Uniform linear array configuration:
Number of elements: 48
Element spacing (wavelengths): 0.75
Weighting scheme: blackman
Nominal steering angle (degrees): -15
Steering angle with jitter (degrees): -16.567
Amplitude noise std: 0.05
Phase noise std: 0.05

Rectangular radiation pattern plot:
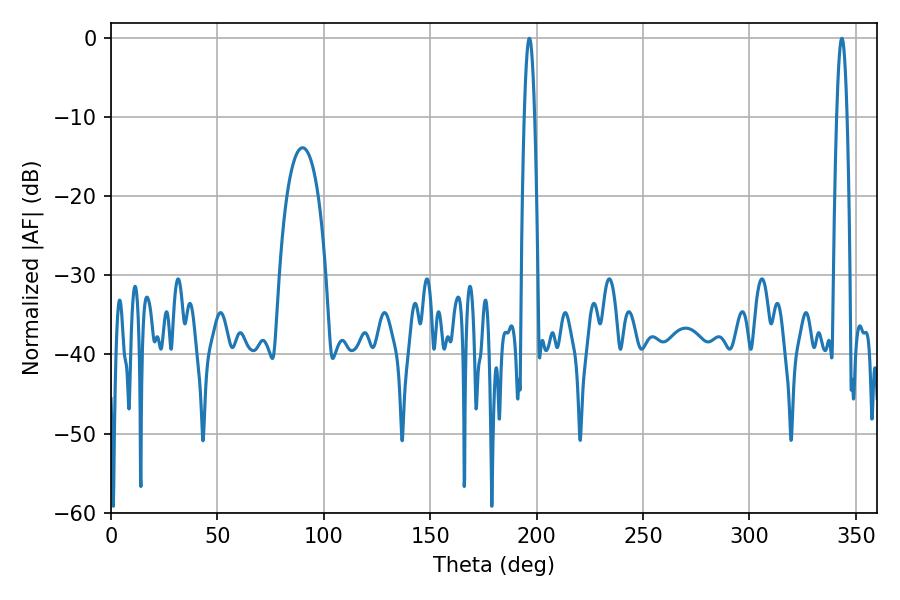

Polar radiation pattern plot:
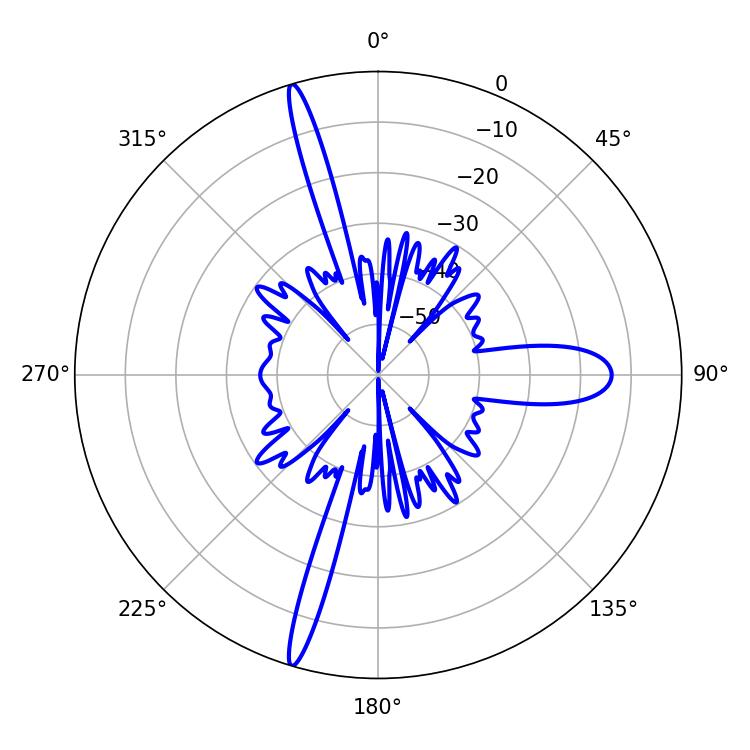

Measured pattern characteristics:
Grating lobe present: TRUE
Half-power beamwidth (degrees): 2.52
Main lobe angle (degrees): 196.56